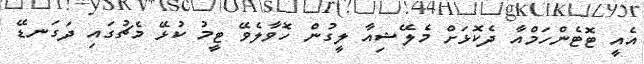
އެއީ ޓޮޓެންހަމްއާ ދެކޮޅަށް މެލޭޝިއާ ލީގުން ހޮވާލެވޭ ޓީމު ކުޅޭ މެޗުގައި ދަގަނޑޭ